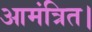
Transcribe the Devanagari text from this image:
आमंत्रित।